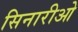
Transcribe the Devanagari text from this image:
सिनारीओ